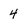
Character: 4